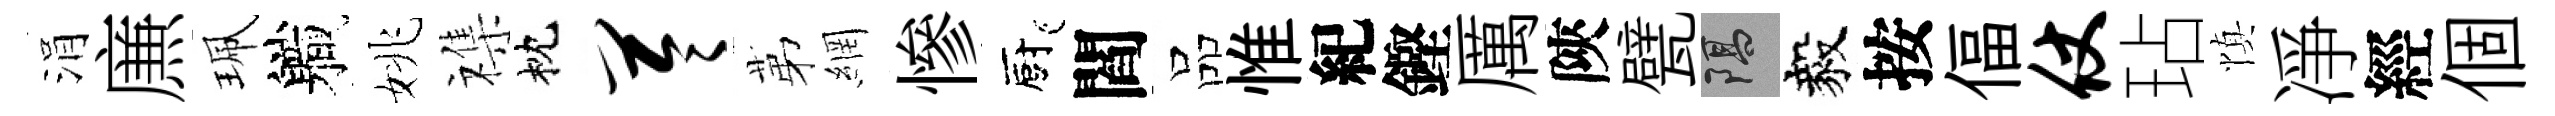
涓㢘珮軄姚襍枕苓苐網慘廚閻品惟紀鏗厲陝甓隔毅按偪仗玷慎凈經個